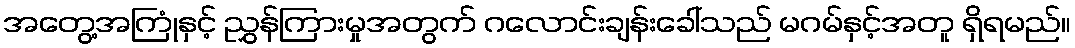
အတွေ့အကြုံနှင့် ညွှန်ကြားမှုအတွက် ဂလောင်းချန်းခေါ်သည် မဂမ်နှင့်အတူ ရှိရမည်။